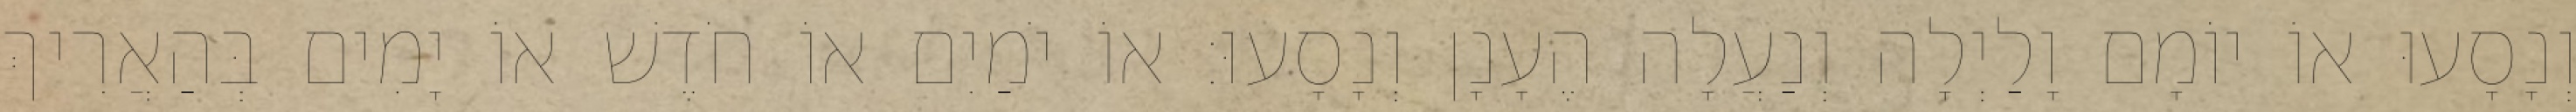
וְנָסָעוּ אוֹ יוֹמָם וָלַיְלָה וְנַעֲלָה הֶעָנָן וְנָסָעוּ׃ אוֹ יֹמַיִם אוֹ חֹדֶשׁ אוֹ יָמִים בְּהַאֲרִיךְ